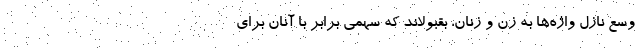
وسعِ نازل واژه‌ها به زن و زنان، بقبولاند که سهمی برابر با آنان برای